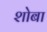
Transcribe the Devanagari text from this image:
शोबा